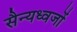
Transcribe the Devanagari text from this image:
सैन्यध्वजों